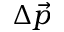
\Delta \vec { p }